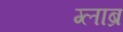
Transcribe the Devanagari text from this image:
ग्लाब्र